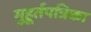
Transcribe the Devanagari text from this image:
मुहूर्तपत्रिका